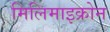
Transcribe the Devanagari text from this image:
मिलिमाइक्रोन